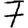
Digit: 7